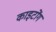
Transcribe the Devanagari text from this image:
काइटोंग